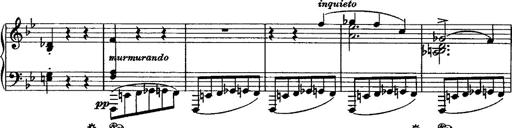
Title: Grande valse di bravura
Composer: Franz Liszt